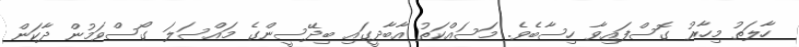
ހާލަތު މިހާރު ގޮސްފައިވާ ހިސާބެވެ. މަސައްކަތު އާބާދީގައި ބިދޭސީންގެ މައްސަލަ ގޯސްވަމުން ދާކަން